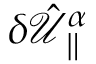
\delta \hat { \mathcal { U } } _ { \parallel } ^ { \alpha }